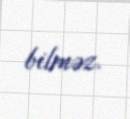
bilməz.